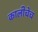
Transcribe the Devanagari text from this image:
कालीचेच